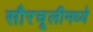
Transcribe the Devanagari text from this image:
सौरचूलीमध्ये